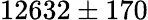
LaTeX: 12632\pm 170